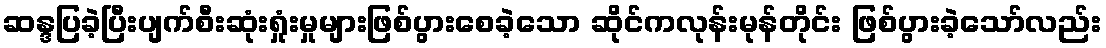
ဆန္ဒပြခဲ့ပြီးပျက်စီးဆုံးရှုံးမှုများဖြစ်ပွားစေခဲ့သော ဆိုင်ကလုန်းမုန်တိုင်း ဖြစ်ပွားခဲ့သော်လည်း